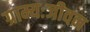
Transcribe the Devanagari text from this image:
ग्राम्यःजीवन